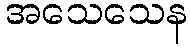
အသေသေန